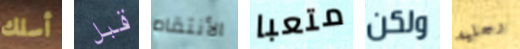
أسلك قبل الأنتقام متعبا ولكن رجليه